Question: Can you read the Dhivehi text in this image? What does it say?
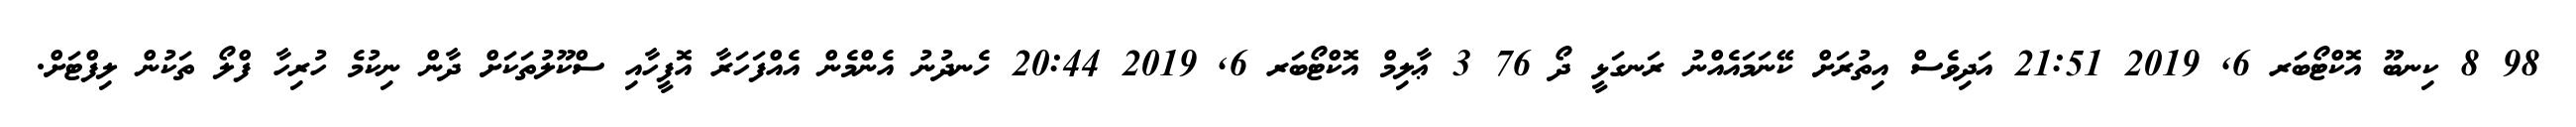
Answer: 98 8 ކިނބޫ އޮކްޓޯބަރ 6, 2019 21:51 އަދިވެސް އިތުރަށް ކޭނަމައެއްނު ރަނގަޅީ ދޯ 76 3 ޢާލިމް އޮކްޓޯބަރ 6, 2019 20:44 ހެނދުނު އެންމެން އެއްފަހަރާ އޮފީހާއި ސްކޫލުތަކަށް ދާން ނިކުމެ ހުރިހާ ފްލޯ ތަކުން ލިފްޓަށް.